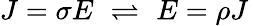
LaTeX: J=\sigma E\, \, \rightleftharpoons\, \, E=\rho J\,